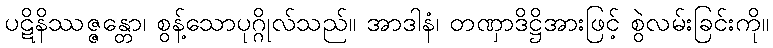
ပဋိနိဿဇ္ဇန္တော၊ စွန့်သောပုဂ္ဂိုလ်သည်။ အာဒါနံ၊ တဏှာဒိဋ္ဌိအားဖြင့် စွဲလမ်းခြင်းကို။